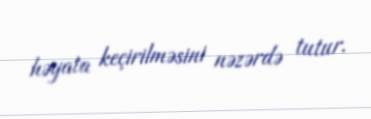
həyata keçirilməsini nəzərdə tutur.